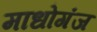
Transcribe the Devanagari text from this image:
माधोगंज